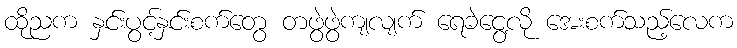
ထိုညက နှင်းပွင့်နှင်းစက်တွေ တဖွဲဖွဲကျလျက် ရေခဲငွေ့လို အေးစက်သည့်လေက